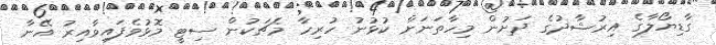
ގާޑިޔޯލާގެ އިރުޝާދުގެ ދަށުން މިހާތަަނަށް ކުޅުނު ހުރިހާ މެޗަކުން ސިޓީ މޮޅުވެފައިވާއިރު އޭނާ